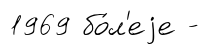
1969 бо́л'еjе -